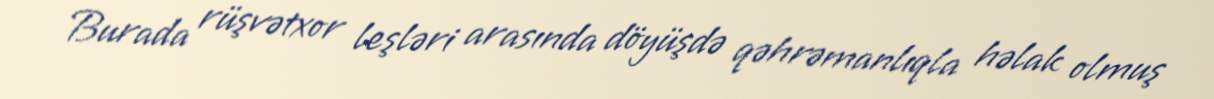
Burada rüşvətxor leşləri arasında döyüşdə qəhrəmanlıqla həlak olmuş